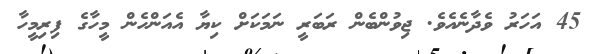
45 އަހަރު ވެދާނެއެވެ. ޖިވުންބެން ރަބަރީ ނަމަކަށް ކިޔާ އެއަންހެން މީހާގެ ފިރިމީހާ